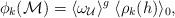
LaTeX: \begin{align*}\phi_k({\cal M})=\langle\omega_{\cal U}\rangle^g\;\langle\rho_k(h)\rangle_0{\rm,}\end{align*}